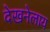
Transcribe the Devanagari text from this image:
देखनेलाय